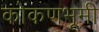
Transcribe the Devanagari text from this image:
कोकणभूमी